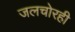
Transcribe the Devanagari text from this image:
जलचोरही